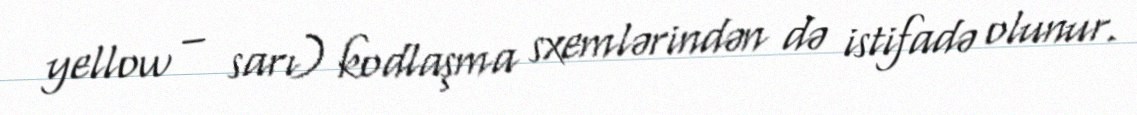
yellow – sarı) kodlaşma sxemlərindən də istifadə olunur.